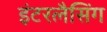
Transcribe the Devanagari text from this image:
इंटरलैसिंग